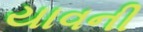
યાવની